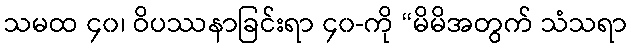
သမထ ၄၀၊ ဝိပဿနာခြင်းရာ ၄၀-ကို “မိမိအတွက် သံသရာ